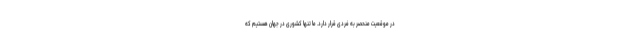
در موقعیت منحصر به فردی قرار دارد. ما تنها کشوری در جهان هستیم که